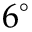
6 ^ { \circ }